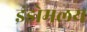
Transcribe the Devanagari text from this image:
इंडोमलय